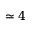
\simeq 4